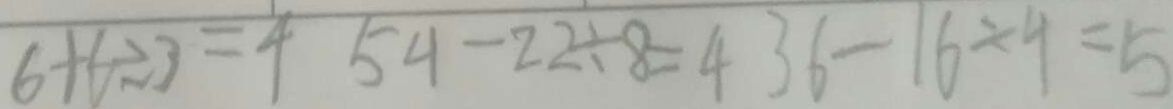
6 + 6 \div 3 = 4 5 4 - 2 2 \div 8 = 4 3 6 - 1 6 \div 4 = 5